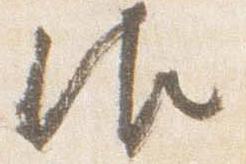
御